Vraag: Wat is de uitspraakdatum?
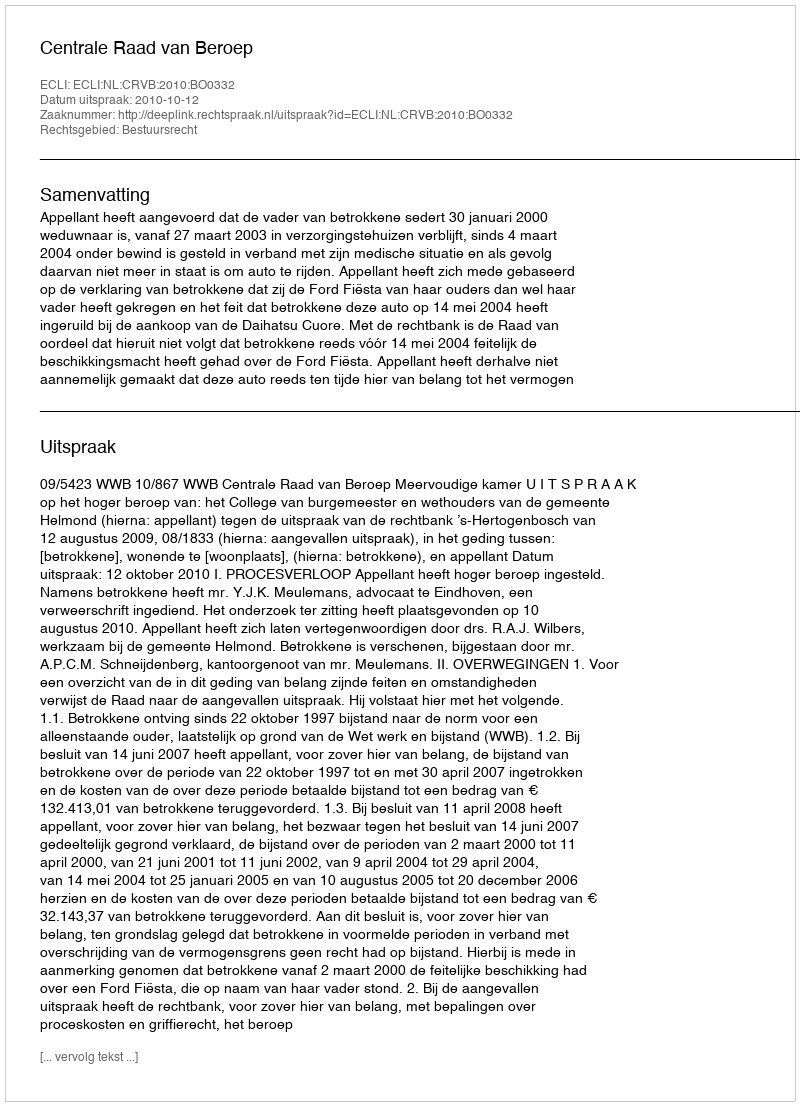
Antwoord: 2010-10-12